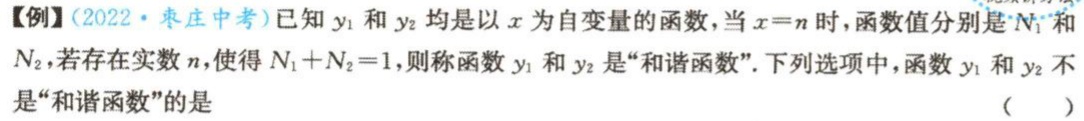
【例】(2022·枣庄中考)已知\(y_{1}\)和\(y_{2}\)均是以\(x\)为自变量的函数，当\(x = n\)时，函数值分别是\(N_{1}\)和\(N_{2}\)，若存在实数\(n\)，使得\(N_{1}+N_{2}=1\)，则称函数\(y_{1}\)和\(y_{2}\)是“和谐函数”.下列选项中，函数\(y_{1}\)和\(y_{2}\)不是“和谐函数”的是 （  ）